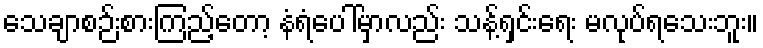
သေချာစဉ်းစားကြည့်တော့ နံရံပေါ်မှာလည်း သန့်ရှင်းရေး မလုပ်ရသေးဘူး။